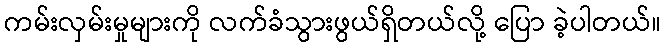
ကမ်းလှမ်းမှုများကို လက်ခံသွားဖွယ်ရှိတယ်လို့ ပြော ခဲ့ပါတယ်။